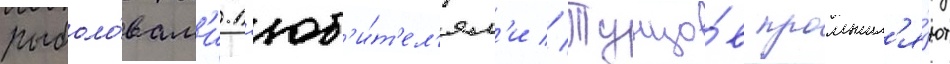
рыболо́вам'и-л'юб'и́т'ел'ям'и // Тунцо́в промышл'я́ют